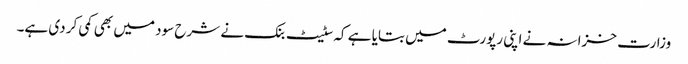
وزارت خزانہ نے اپنی رپورٹ میں بتایا ہے کہ سٹیٹ بنک نے شرح سود میں بھی کمی کر دی ہے۔